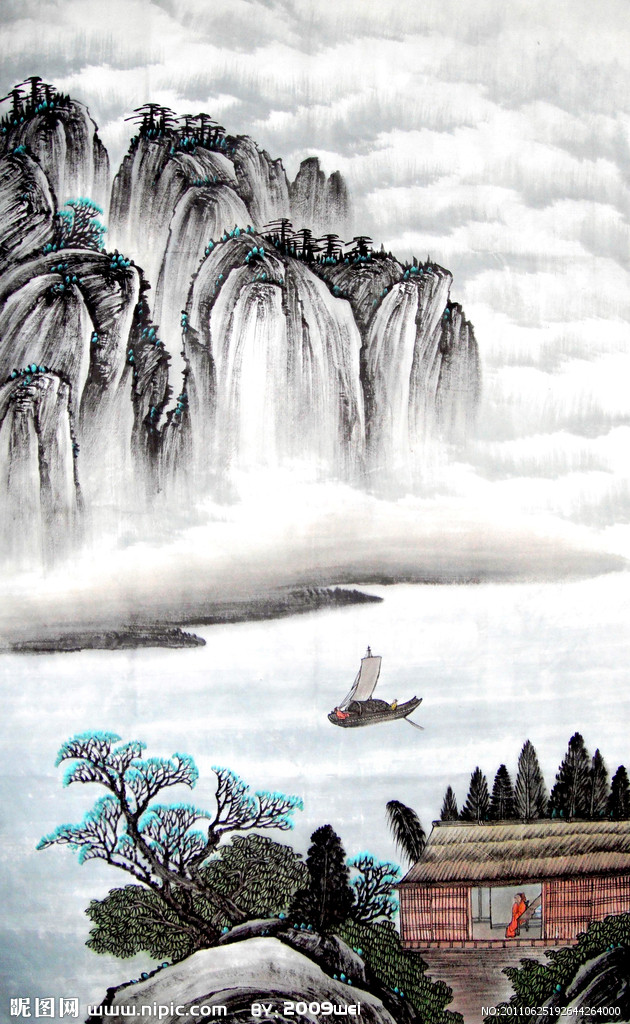
离恨做成春夜雨。添得春江，划地东流去。